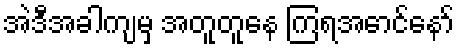
အဲဒီအခါကျမှ အတူတူနေ ကြရအောင်နော်